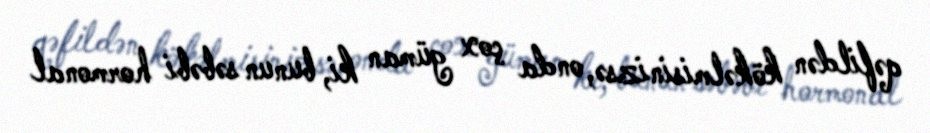
qəfildən kökəlmisinizsə, onda çox güman ki, bunun səbəbi hormonal